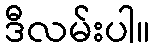
ဒီလမ်းပါ။